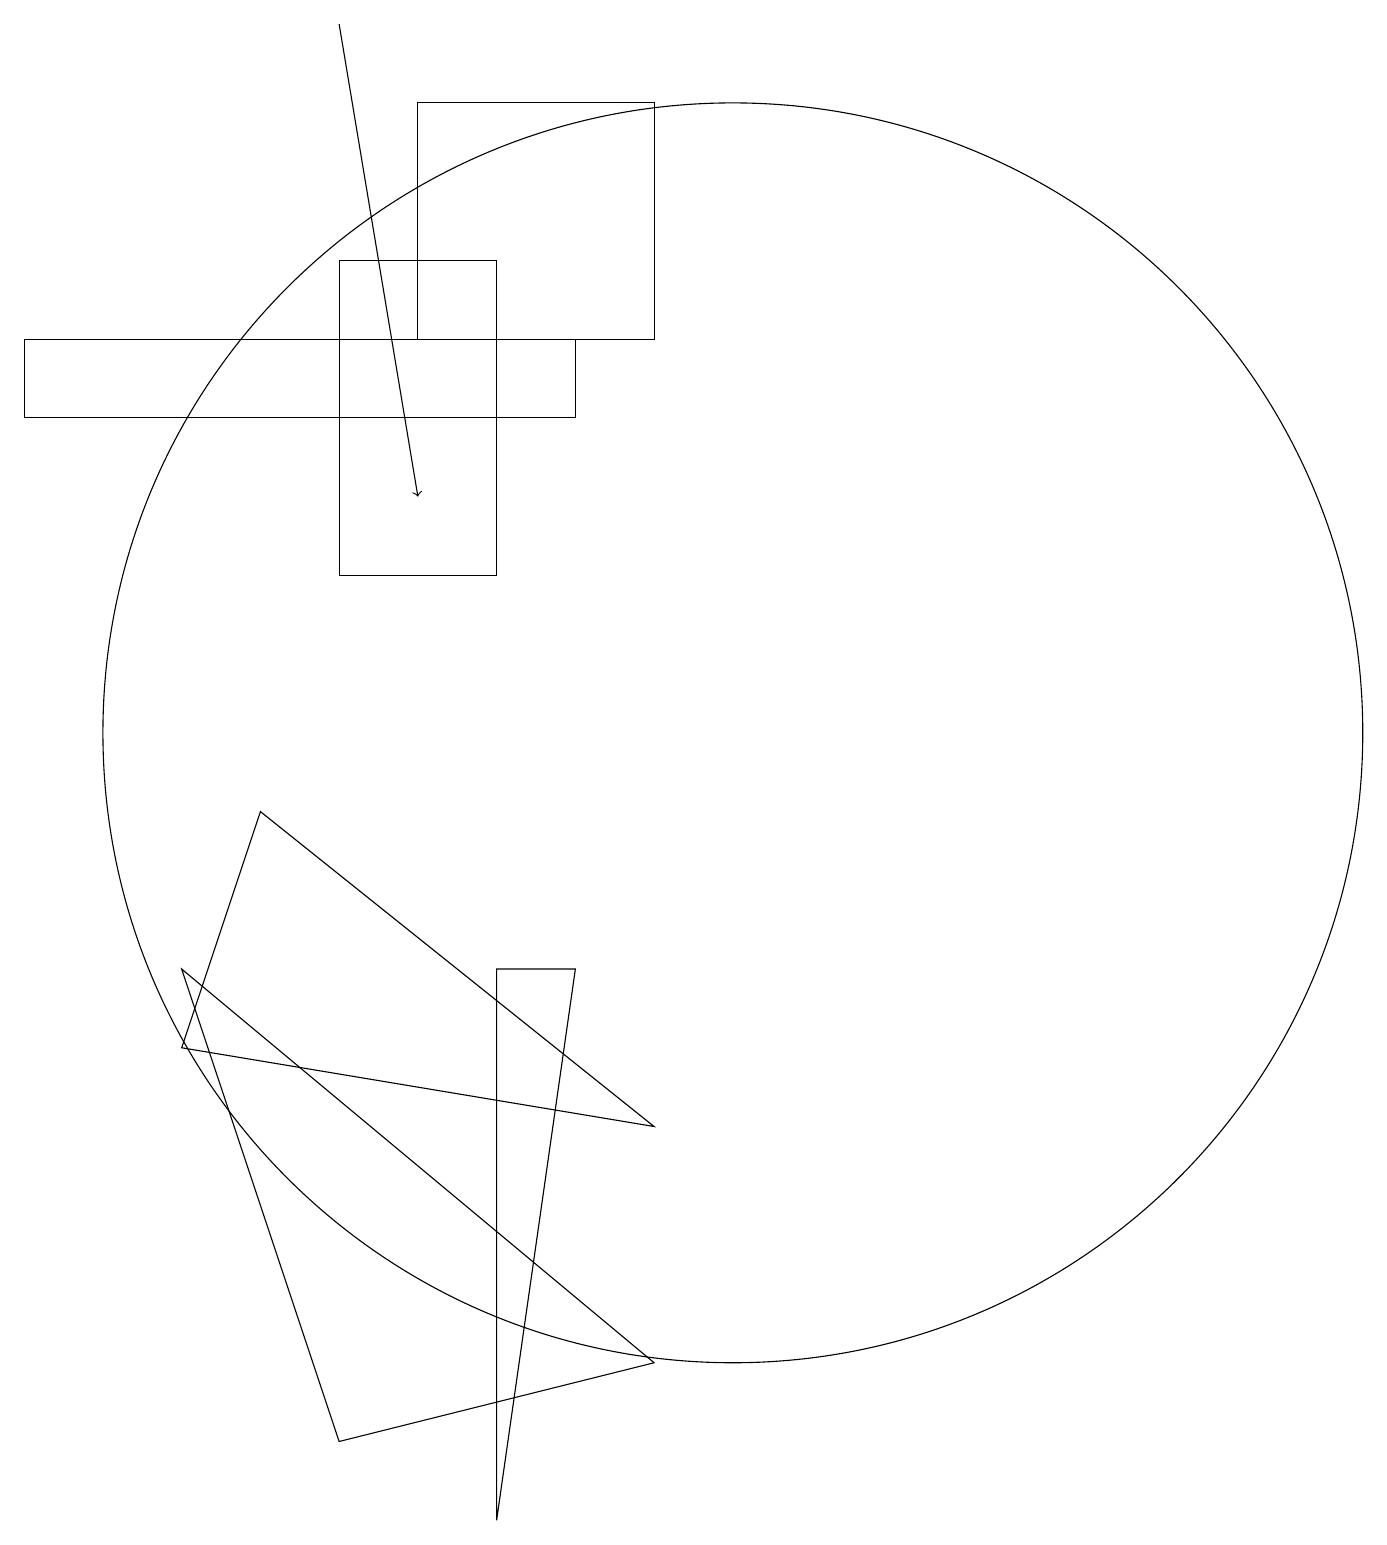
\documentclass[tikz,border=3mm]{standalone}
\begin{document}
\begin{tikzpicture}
\draw (10,10) circle (8);
\draw (5,1) -- (3,7) -- (9,2) -- cycle;
\draw[->] (5,19) -- (6,13);
\draw (8,7) -- (7,0) -- (7,7) -- cycle;
\draw (7,12) rectangle (5,16);
\draw (4,9) -- (9,5) -- (3,6) -- cycle;
\draw (8,15) rectangle (1,14);
\draw (9,18) rectangle (6,15);
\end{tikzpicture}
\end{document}